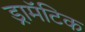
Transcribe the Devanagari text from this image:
ड्रामॅटिक